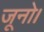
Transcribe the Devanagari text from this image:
जूनो।